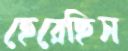
হেরেছিস